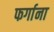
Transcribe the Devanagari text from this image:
फर्गाना